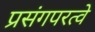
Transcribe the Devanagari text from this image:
प्रसंगपरत्वे